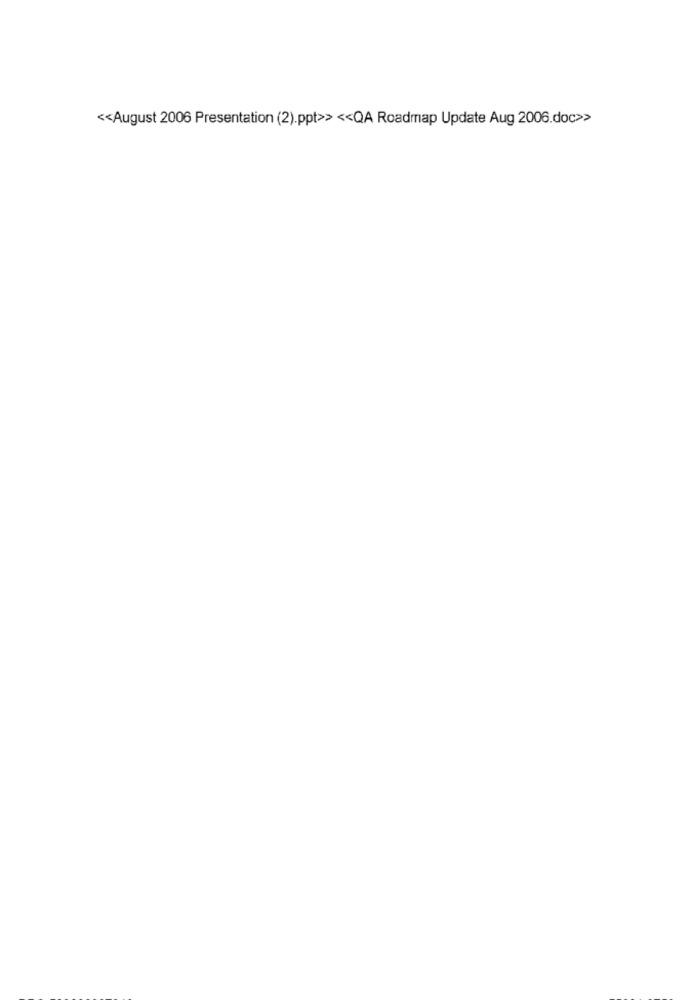
<< August 2006 Presentation (2).ppt>> << QA Roadmap Update Aug 2006.doc>>